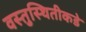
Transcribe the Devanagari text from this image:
वस्तुस्थितीकडे